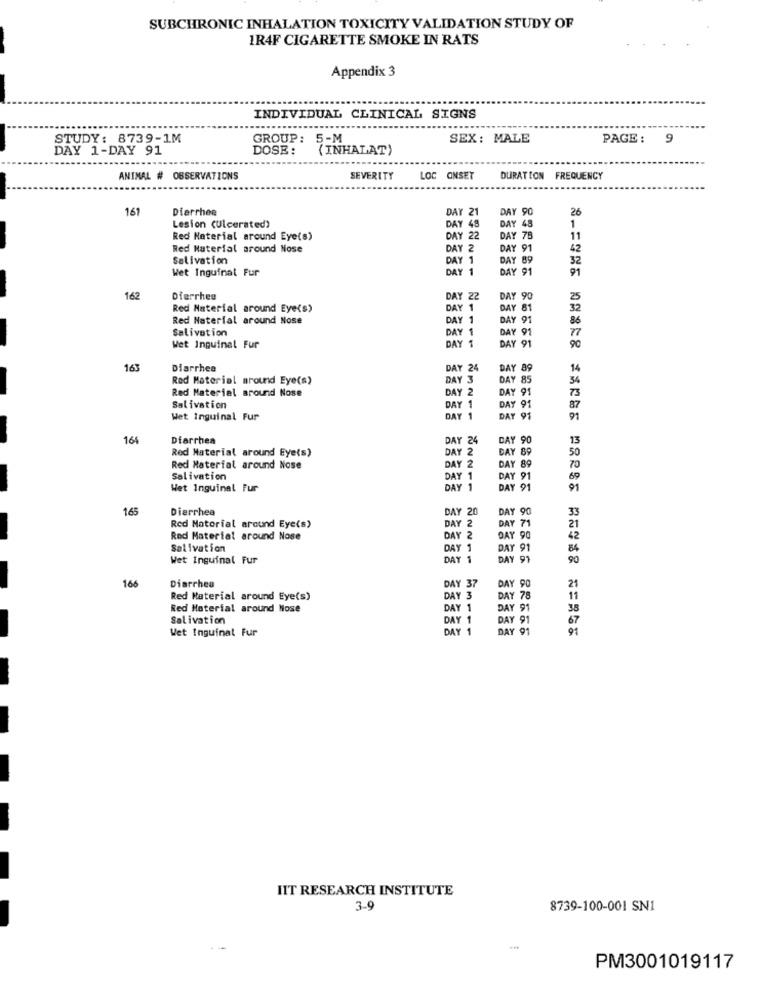
SUBCHRONIC INHALATION TOXICITY VALIDATION STUDY OF
IR4F CIGARETTE SMOKE IN RATS
Appendix 3
INDIVIDUAL CLINICAL SIGNS
STUDY: 8739-1M
GROUP:
5-M
SEX: MALE
PAGE: 9
DAY 1-DAY 91
DOSE:
(INHALAT)
ANIMAL # OBSERVATIONS
SEVERITY
LOC ONSET
DURATION FREQUENCY
161
Diarrhea
DAY 21
DAY 90
26
1
Lesion (Ulcerated)
DAY 48
DAY 48
Red Material around Eye(s)
DAY 22
DAY 7B
Red Material around Nose
DAY 2
DAY 91
42
Salivation
DAY 1
DAY 89
32
Wet Inguinal Fur
DAY 1
DAY 91
91
162
Diarrhea
DAY 22
DAY 90
25
Red Material around Eye(s)
DAY 1
DAY 81
32
Red Naterial around Nose
DAY 1
DAY 91
Salivation
DAY 1
DAY 91
77
Wet Inguinal Fur
DAY 1
DAY 91
90
163
Diarrhea
DAY 24
DAY 89
Red Material around Eye(s)
DAY 3
DAY 85
34
Red Material around Nose
DAY 2
DAY 91
Salivation
DAY 1
DAY 91
Wet Inguinal Fur
DAY 1
DAY 91
164
Diarrhea
DAY 24
DAY 90
13
Red Material around Eye(s)
DAY 2
DAY 89
Red Material around Nose
DAY 2
DAY 89
Salivation
DAY 1
DAY 91
Wet Inguinal Fur
DAY 1
DAY 91
165
Diarrhea
DAY 20
DAY 90
DAY
DAY
Red Natorial around Eye(s)
Red Material around Nose
DAY 2
DAY 90
Salivation
DAY 1
DAY 91
Wet Inguinal Fur
DAY 1
DAY 91
90
166
DAY
DAY 90
21
Diarrhea
Red Material around Eye(s)
DAY
DAY 78
Red Material around Nose
DAY 1
DAY 91
Salivation
DAY 1
DAY 91
Wet Inguinal Fur
DAY
DAY 91
IIT RESEARCH INSTITUTE
3-9
8739-100-001 SN1
PM3001019117